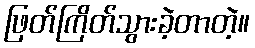
ဖြတ်ကြိတ်သွားခဲ့တာတဲ့။